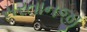
સરતાનજી